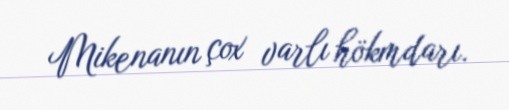
Mikenanın çox varlı hökmdarı.